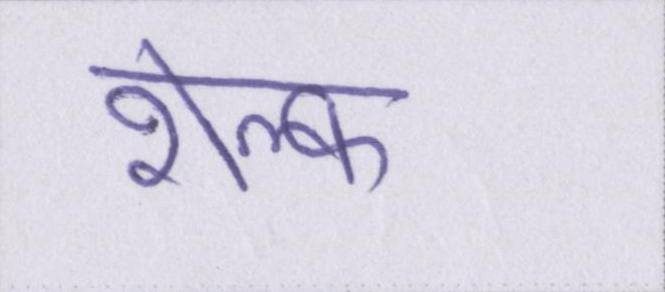
शेल्फ